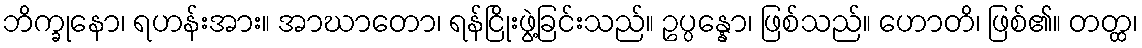
ဘိက္ခုနော၊ ရဟန်းအား။ အာဃာတော၊ ရန်ငြိုးဖွဲ့ခြင်းသည်။ ဥပ္ပန္နော၊ ဖြစ်သည်။ ဟောတိ၊ ဖြစ်၏။ တတ္ထ၊